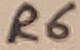
Text: R6